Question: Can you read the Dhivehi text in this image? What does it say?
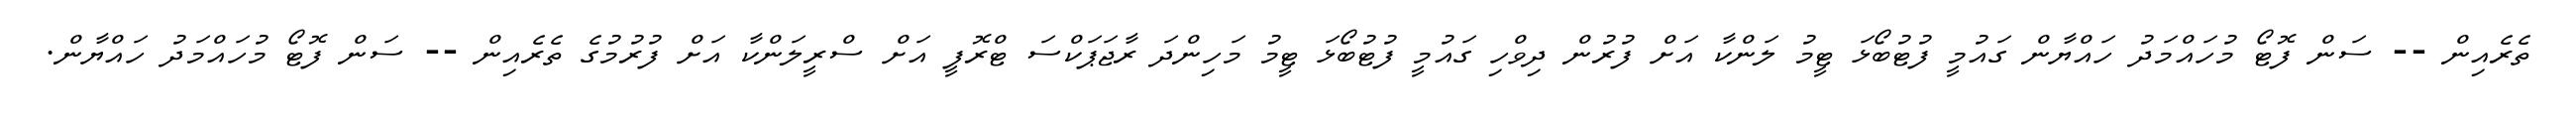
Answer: ތެރެއިން -- ސަން ފޮޓޯ މުހައްމަދު ހައްޔާން ގައުމީ ފުޓުބޯޅަ ޓީމު ލަންކާ އަށް ފުރުން ދިވްހި ގައުމީ ފުޓުބޯޅަ ޓީމު މަހިންދަ ރާޖަޕަކްސަ ޓްރޮފީ އަށް ސްރީލަންކާ އަށް ފުރުމުގެ ތެރެއިން -- ސަން ފޮޓޯ މުހައްމަދު ހައްޔާން.